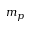
m _ { p }